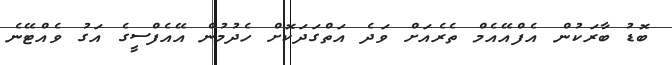
ބޮޑު ބާރަކުން އެފްއޭއެމް ތެރެއަށް ވަދެ އަތްގަދަކޮށް ހެދުމުން އޭއެފްސީގެ އަގު ވެއްޓޭނެ